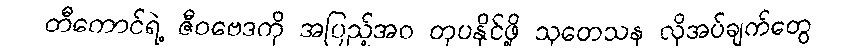
တီကောင်ရဲ့ ဇီဝဗေဒကို အပြည့်အဝ တုပနိုင်ဖို့ သုတေသန လိုအပ်ချက်တွေ